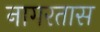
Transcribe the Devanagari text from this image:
नागरतास